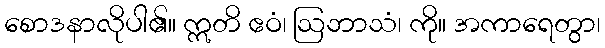
စောဒနာလိုပါ၏။ ဣတိ ဧဝံ၊ ဩဘာသံ၊ ကို။ အကာရေတွာ၊